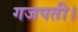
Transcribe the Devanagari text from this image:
गजपती।